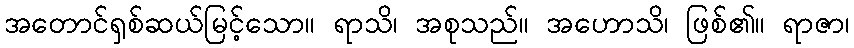
အတောင်ရှစ်ဆယ်မြင့်သော။ ရာသိ၊ အစုသည်။ အဟောသိ၊ ဖြစ်၏။ ရာဇာ၊